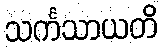
သင်္ကသာယတိ